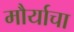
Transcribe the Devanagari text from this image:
मौर्याचा